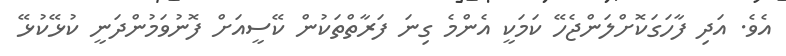
އެވެ. އަދި ފާހަގަކޮށްލަންޖެހޭ ކަމަކީ އެންމެ ގިނަ ފަރާތްތަކުން ކޭސީއަށް ފޮނުވަމުންދަނީ ކުޅޭކުޅޭ